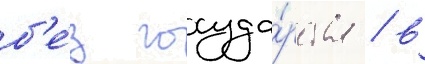
б'е́з госуда́рства / в